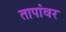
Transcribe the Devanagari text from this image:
तापांवर